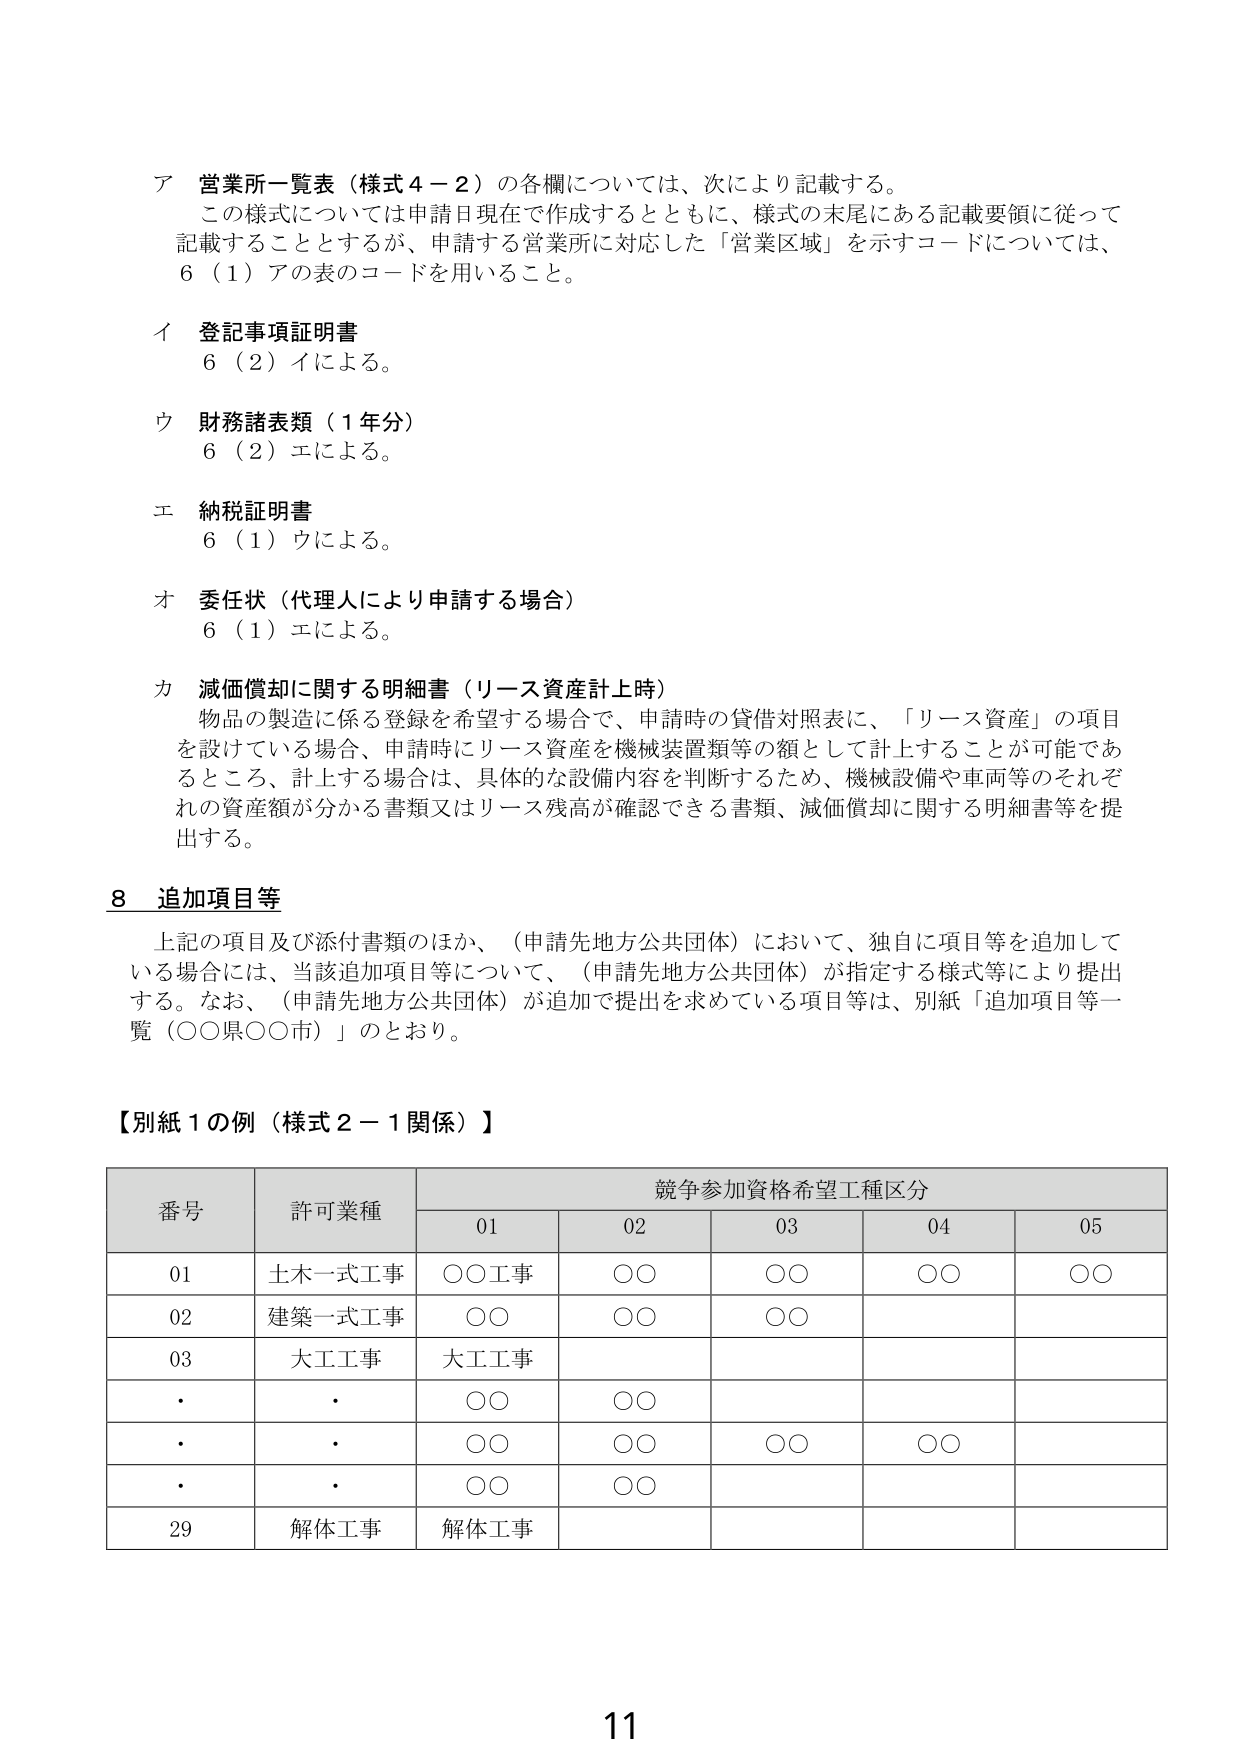
ア 営業所一覧表（様式４－２）の各欄については、次により記載する。
この様式については申請日現在で作成するとともに、様式の末尾にある記載要領に従って記載することとするが、申請する営業所に対応した「営業区域」を示すコードについては、６（１）アの表のコードを用いること。

イ 登記事項証明書
６（２）イによる。

ウ 財務諸表類（１年分）
６（２）エによる。

エ 納税証明書
６（１）ウによる。

オ 委任状（代理人により申請する場合）
６（１）エによる。

カ 減価償却に関する明細書（リース資産計上時）
物品の製造に係る登録を希望する場合で、申請時の貸借対照表に、「リース資産」の項目を設けている場合、申請時にリース資産を機械装置類等の額として計上することが可能であるところ、計上する場合は、具体的な設備内容を判断するため、機械設備や車両等のそれぞれの資産額が分かる書類又はリース残高が確認できる書類、減価償却に関する明細書等を提出する。

８ 追加項目等
上記の項目及び添付書類のほか、（申請先地方公共団体）において、独自に項目等を追加している場合には、当該追加項目等について、（申請先地方公共団体）が指定する様式等により提出する。なお、（申請先地方公共団体）が追加で提出を求めている項目等は、別紙「追加項目等一覧（○○県○○市）」のとおり。

【別紙１の例（様式２－１関係）】

| 番号 | 許可業種 | 競争参加資格希望工種区分 |
|------|----------|--------------------------|
|      |          | 01       | 02       | 03       | 04       | 05       |
| 01   | 土木一式工事 | ○○工事 | ○○     | ○○     | ○○     | ○○     |
| 02   | 建築一式工事 | ○○     | ○○     | ○○     |          |          |
| 03   | 大工工事   | 大工工事 |          |          |          |          |
| ・   | ・       | ○○     | ○○     |          |          |          |
| ・   | ・       | ○○     | ○○     | ○○     | ○○     |          |
| ・   | ・       | ○○     | ○○     |          |          |          |
| 29   | 解体工事   | 解体工事 |          |          |          |          |

11